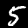
Digit: 5